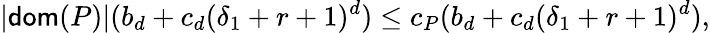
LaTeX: |\mathsf{dom}(P)|(b_{d}+c_{d}(\delta_{1}+r+1)^{d})\leq c_{P}(b_{d}+c_{d}(\delta_{1}+r+1)^{d}),